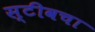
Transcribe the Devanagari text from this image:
स्टीवचा